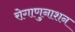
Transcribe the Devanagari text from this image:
रोगाणुनाशन